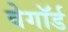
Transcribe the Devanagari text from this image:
वेगॉर्ड